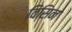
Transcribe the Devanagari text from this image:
विसिन